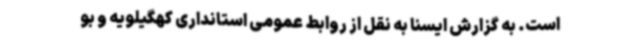
است. به گزارش ایسنا به نقل از روابط عمومی استانداری کهگیلویه و بو